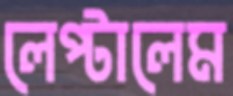
লেপ্‌টালেম